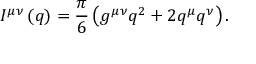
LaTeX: I ^ { \mu \nu } \left( q \right) = \frac { \pi } { 6 } \left( g ^ { \mu \nu } q ^ { 2 } + 2 q ^ { \mu } q ^ { \nu } \right) .